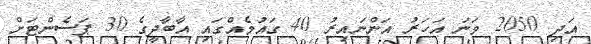
އަދި 2050 ވަނަ އަހަރު އަންނައިރު 40 ގައުމެއްގައި އާބާދީގެ 30 ޕަސެންޓަށް